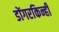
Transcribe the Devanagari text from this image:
डोंगरकिन्ही